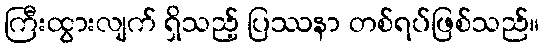
ကြီးထွားလျက် ရှိသည့် ပြဿနာ တစ်ရပ်ဖြစ်သည်။